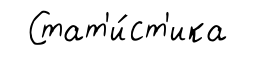
Стат'и́ст'ика